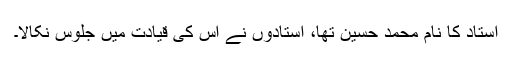
استاد کا نام محمد حسین تھا، استادوں نے اس کی قیادت میں جلوس نکالا۔